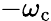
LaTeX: -\omega_{\mathrm{c}}